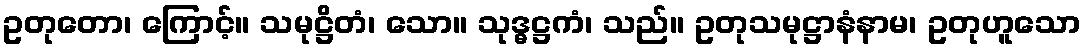
ဥတုတော၊ ကြောင့်။ သမုဋ္ဌိတံ၊ သော။ သုဒ္ဓဋ္ဌကံ၊ သည်။ ဥတုသမုဋ္ဌာနံနာမ၊ ဥတုဟူသော